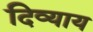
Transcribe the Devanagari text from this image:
दिव्याय